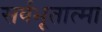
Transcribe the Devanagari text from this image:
सर्वभूतात्मा